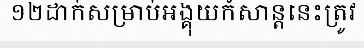
១២ដាក់សម្រាប់អង្គុយកំសាន្តនេះត្រូវ